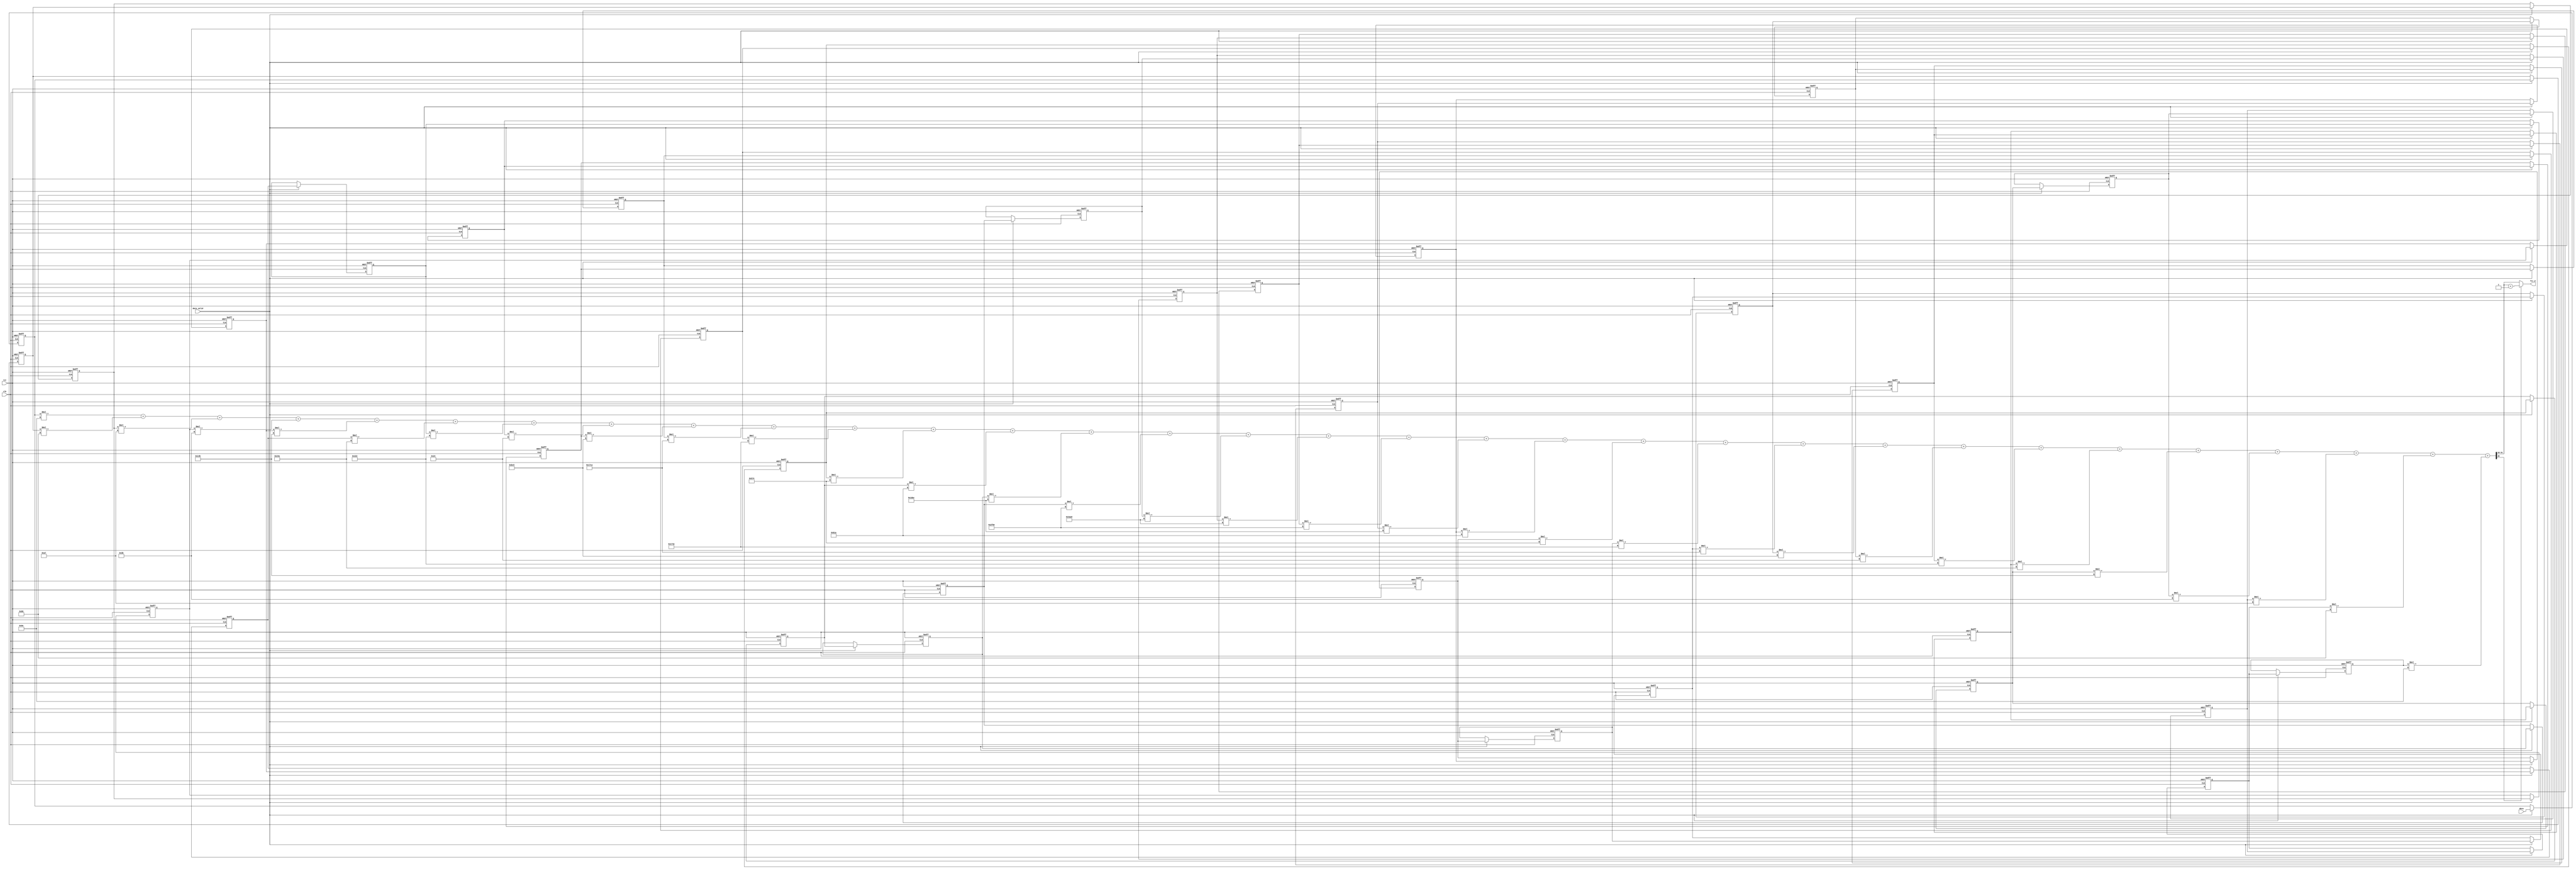
module FIR (
    input clk, rst,
    input data_valid,
    input signed [15:0] data,

    //output reg fir_valid,
    output [15:0] fir_d 
);

    reg signed [15:0] x [31:0];
    integer i;

    parameter signed [19:0] FIR_C00 = 20'hFFF9E ;     //The FIR_coefficient value 0: -1.495361e-003
    parameter signed [19:0] FIR_C01 = 20'hFFF86 ;     //The FIR_coefficient value 1: -1.861572e-003
    parameter signed [19:0] FIR_C02 = 20'hFFFA7 ;     //The FIR_coefficient value 2: -1.358032e-003
    parameter signed [19:0] FIR_C03 = 20'h0003B ;    //The FIR_coefficient value 3: 9.002686e-004
    parameter signed [19:0] FIR_C04 = 20'h0014B ;    //The FIR_coefficient value 4: 5.050659e-003
    parameter signed [19:0] FIR_C05 = 20'h0024A ;    //The FIR_coefficient value 5: 8.941650e-003
    parameter signed [19:0] FIR_C06 = 20'h00222 ;    //The FIR_coefficient value 6: 8.331299e-003
    parameter signed [19:0] FIR_C07 = 20'hFFFE4 ;     //The FIR_coefficient value 7: -4.272461e-004
    parameter signed [19:0] FIR_C08 = 20'hFFBC5 ;     //The FIR_coefficient value 8: -1.652527e-002
    parameter signed [19:0] FIR_C09 = 20'hFF7CA ;     //The FIR_coefficient value 9: -3.207397e-002
    parameter signed [19:0] FIR_C10 = 20'hFF74E ;     //The FIR_coefficient value 10: -3.396606e-002
    parameter signed [19:0] FIR_C11 = 20'hFFD74 ;     //The FIR_coefficient value 11: -9.948730e-003
    parameter signed [19:0] FIR_C12 = 20'h00B1A ;    //The FIR_coefficient value 12: 4.336548e-002
    parameter signed [19:0] FIR_C13 = 20'h01DAC ;    //The FIR_coefficient value 13: 1.159058e-001
    parameter signed [19:0] FIR_C14 = 20'h02F9E ;    //The FIR_coefficient value 14: 1.860046e-001
    parameter signed [19:0] FIR_C15 = 20'h03AA9 ;    //The FIR_coefficient value 15: 2.291412e-001
    parameter signed [19:0] FIR_C16 = 20'h03AA9 ;    //The FIR_coefficient value 16: 2.291412e-001
    parameter signed [19:0] FIR_C17 = 20'h02F9E ;    //The FIR_coefficient value 17: 1.860046e-001
    parameter signed [19:0] FIR_C18 = 20'h01DAC ;    //The FIR_coefficient value 18: 1.159058e-001
    parameter signed [19:0] FIR_C19 = 20'h00B1A ;    //The FIR_coefficient value 19: 4.336548e-002
    parameter signed [19:0] FIR_C20 = 20'hFFD74 ;     //The FIR_coefficient value 20: -9.948730e-003
    parameter signed [19:0] FIR_C21 = 20'hFF74E ;     //The FIR_coefficient value 21: -3.396606e-002
    parameter signed [19:0] FIR_C22 = 20'hFF7CA ;     //The FIR_coefficient value 22: -3.207397e-002
    parameter signed [19:0] FIR_C23 = 20'hFFBC5 ;     //The FIR_coefficient value 23: -1.652527e-002
    parameter signed [19:0] FIR_C24 = 20'hFFFE4 ;     //The FIR_coefficient value 24: -4.272461e-004
    parameter signed [19:0] FIR_C25 = 20'h00222 ;    //The FIR_coefficient value 25: 8.331299e-003
    parameter signed [19:0] FIR_C26 = 20'h0024A ;    //The FIR_coefficient value 26: 8.941650e-003
    parameter signed [19:0] FIR_C27 = 20'h0014B ;    //The FIR_coefficient value 27: 5.050659e-003
    parameter signed [19:0] FIR_C28 = 20'h0003B ;    //The FIR_coefficient value 28: 9.002686e-004
    parameter signed [19:0] FIR_C29 = 20'hFFFA7 ;     //The FIR_coefficient value 29: -1.358032e-003
    parameter signed [19:0] FIR_C30 = 20'hFFF86 ;     //The FIR_coefficient value 30: -1.861572e-003
    parameter signed [19:0] FIR_C31 = 20'hFFF9E ;     //The FIR_coefficient value 31: -1.495361e-003

    wire signed [35:0] fir_d_36;

    assign fir_d_36 =   x[0] * FIR_C00 +  x[1] * FIR_C01 +  x[2] * FIR_C02 +  x[3] * FIR_C03 +
                        x[4] * FIR_C04 +  x[5] * FIR_C05 +  x[6] * FIR_C06 +  x[7] * FIR_C07 +
                        x[8] * FIR_C08 +  x[9] * FIR_C09 +  x[10] * FIR_C10 +  x[11] * FIR_C11 +
                        x[12] * FIR_C12 +  x[13] * FIR_C13 +  x[14] * FIR_C14 +  x[15] * FIR_C15 +
                        x[16] * FIR_C16 +  x[17] * FIR_C17 +  x[18] * FIR_C18 +  x[19] * FIR_C19 +
                        x[20] * FIR_C20 +  x[21] * FIR_C21 +  x[22] * FIR_C22 +  x[23] * FIR_C23 +
                        x[24] * FIR_C24 +  x[25] * FIR_C25 +  x[26] * FIR_C26 +  x[27] * FIR_C27 +
                        x[28] * FIR_C28 +  x[29] * FIR_C29 +  x[30] * FIR_C30 +  x[31] * FIR_C31 ;

    //assign fir_d = { fir_d_36[35],fir_d_36[31:24],fir_d_36[23:16] };
    assign fir_d = (fir_d_36[35] == 0) ? { fir_d_36[31:24],fir_d_36[23:16] } : { fir_d_36[31:24],fir_d_36[23:16] } + 1;

    always@(posedge clk or posedge rst)begin
        if(rst)begin
            for(i = 0 ; i < 32 ; i = i + 1)begin
                x[i] <= 0;
            end

        end
        else begin
            if(data_valid) begin
                x[0] <= data;
                for(i = 1 ; i < 32 ; i = i + 1)begin
                    x[i] <= x[i-1];
                end
            end
        end
    end

    
endmodule